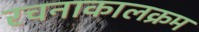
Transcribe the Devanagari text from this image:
रचनाकालक्रम